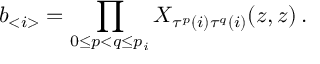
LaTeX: b _ { < i > } = \prod _ { 0 \leq p < q \leq p _ { i } } X _ { \tau ^ { p } ( i ) \tau ^ { q } ( i ) } ( z , z ) \, .